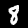
Digit: 8